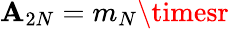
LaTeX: \mathbf{A}_{2N}=m_{N}\timesr